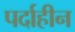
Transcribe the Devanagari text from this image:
पर्दाहीन